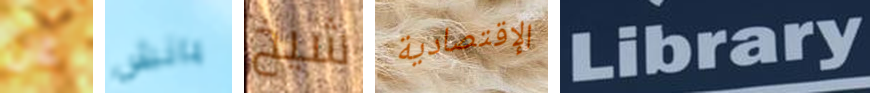
عن بانش شيخ الإقتصادية Library